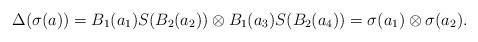
LaTeX: \begin{align*}\Delta(\sigma(a))=B_1(a_1)S(B_2(a_2))\otimes B_1(a_3)S(B_2(a_4))=\sigma(a_1)\otimes \sigma(a_2).\end{align*}